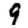
Digit: 9